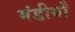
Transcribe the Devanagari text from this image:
मंडीयाँ